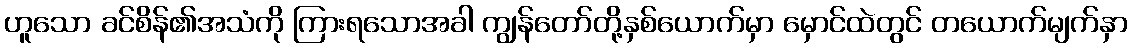
ဟူသော ခင်စိန်၏အသံကို ကြားရသောအခါ ကျွန်တော်တို့နှစ်ယောက်မှာ မှောင်ထဲတွင် တယောက်မျက်နှာ